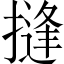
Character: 摓